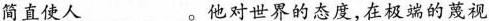
简直使人___。他对世界的态度，在极端的蔑视